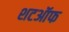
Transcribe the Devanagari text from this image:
शटऑफ